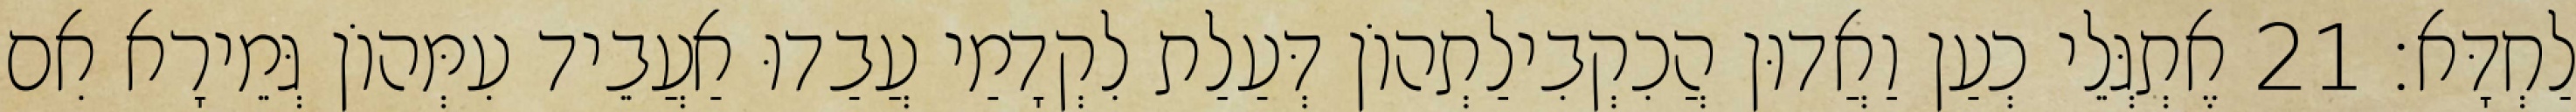
לַחְדָּא׃ 21 אֶתְגְּלֵי כְעַן וַאֲדוּן הֲכִקְבִילַתְהוֹן דְּעַלַת לִקְדָמַי עֲבַדוּ אַעֲבֵיד עִמְּהוֹן גְּמֵירָא אִם